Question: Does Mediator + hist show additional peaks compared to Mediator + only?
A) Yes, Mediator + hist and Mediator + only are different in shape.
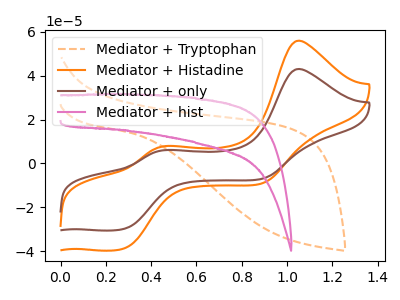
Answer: <think>The orange dashed curve "Mediator + Tryptophan" has no peaks. The orange curve "Mediator + Histadine" has anodic peaks at (1.05V, 55.95uA) (0.45V, 7.90uA) and cathodic peaks at (0.30V, -38.70uA) (0.90V, -9.10uA). The brown curve "Mediator + only" has anodic peaks at (1.05V, 43.05uA) (0.45V, 6.05uA) and cathodic peaks at (0.30V, -29.75uA) (0.90V, -7.00uA). The pink curve "Mediator + hist" has no peaks.
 "Mediator + hist" and "Mediator + only" have a different number of peaks.</think>
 <answer>A) Yes, "Mediator + hist" and "Mediator + only" are different in shape.</answer>
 <eval>A</eval>